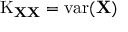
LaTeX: \operatorname { K } _ { \mathbf { X X } } = \operatorname { v a r } ( \mathbf { X } )